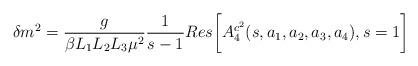
LaTeX: \begin{align*}\delta m^{2}=\frac{g}{\beta L_{1}L_{2}L_{3}\mu^{2}}\frac{1}{s-1}Res\biggl[A^{c^{2}}_{4}(s,a_{1},a_{2},a_{3},a_{4}),s=1\biggr]\end{align*}